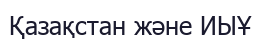
Қазақстан және ИЫҰ